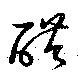
醋